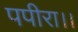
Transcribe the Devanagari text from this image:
पपीरा।।